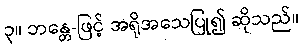
၃။ ဘန္တေ-ဖြင့် အရိုအသေပြု၍ ဆိုသည်။